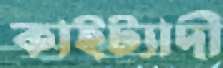
কাইট্যাদী